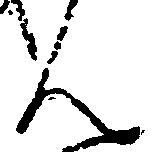
ん